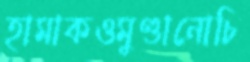
হামাকওমুণ্ডানোচি